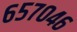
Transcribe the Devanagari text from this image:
६५७०४६